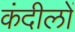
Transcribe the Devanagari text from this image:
कंदीलों